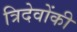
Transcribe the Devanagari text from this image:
त्रिदेवोंकी